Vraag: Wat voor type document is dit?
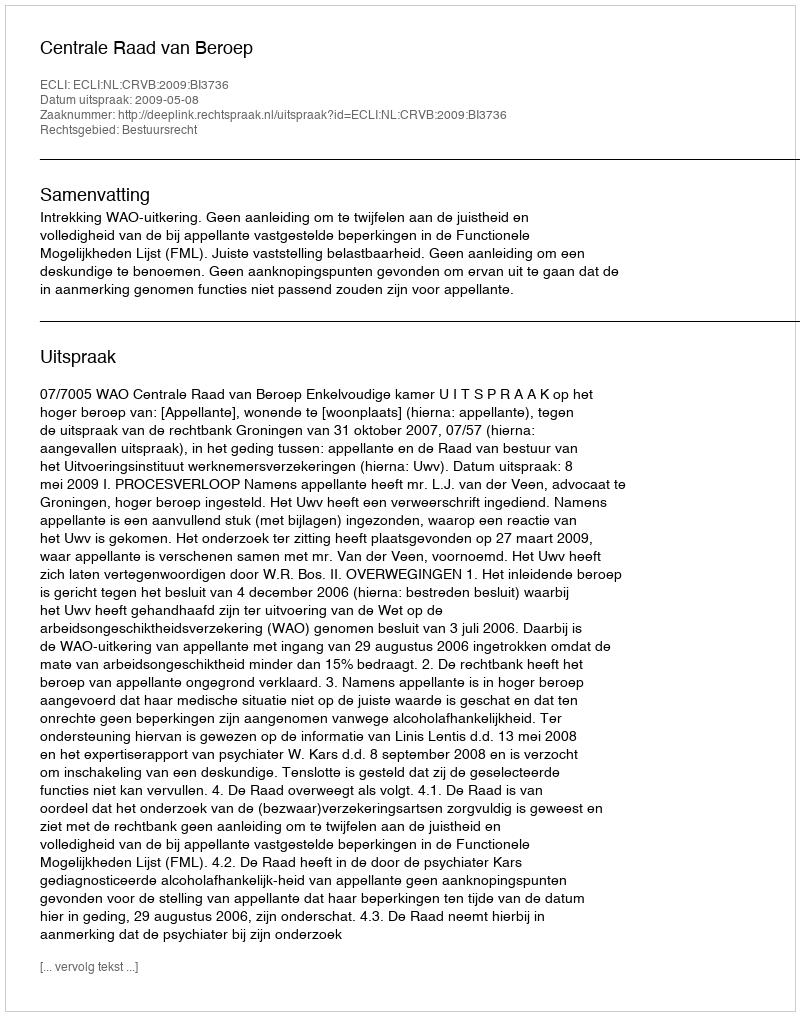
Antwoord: Uitspraak